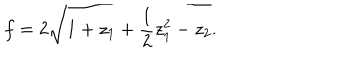
f = 2 \sqrt { 1 + z _ { 1 } + { \frac { 1 } { 2 } } z _ { 1 } ^ { 2 } - z _ { 2 } } .